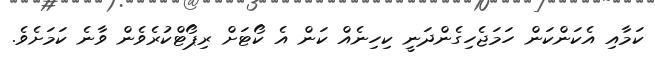
ކަމާއި އެކަންކަން ހަމަޖެހިގެންދަނީ ކިހިނެއް ކަން އެ ކޯޓަށް ރިޕޯޓްކުރެވެން ވާނެ ކަމަށެވެ.